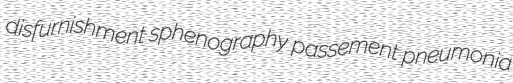
disfurnishment sphenography passement pneumonia